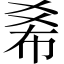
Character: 𢂞